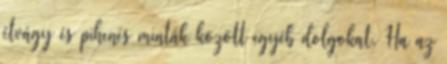
étvágy és pihenés minták között egyéb dolgokat. Ha az